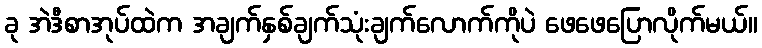
ခု အဲဒီစာအုပ်ထဲက အချက်နှစ်ချက်သုံးချက်လောက်ကိုပဲ ဖေဖေပြောလိုက်မယ်။